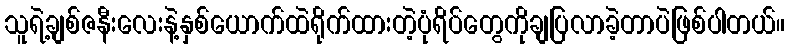
သူရဲ့ချစ်ဇနီးလေးနဲ့နှစ်ယောက်ထဲရိုက်ထားတဲ့ပုံရိပ်တွေကိုချပြလာခဲ့တာပဲဖြစ်ပါတယ်။